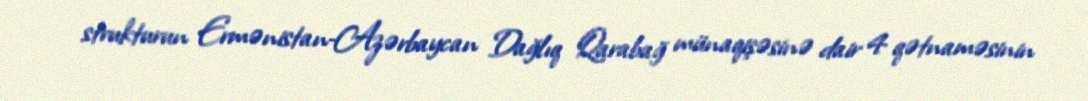
strukturun Ermənistan-Azərbaycan Dağlıq Qarabağ münaqişəsinə dair 4 qətnaməsinin